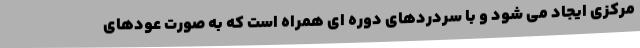
مرکزی ایجاد می شود و با سردردهای دوره ای همراه است که به صورت عودهای